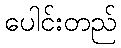
ပေါင်းတည်